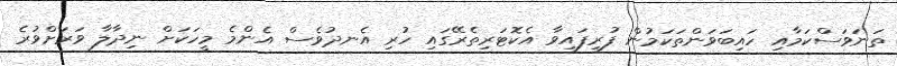
ތަނަވަސްކަމާއި ހައިބަވަންތަކަމުން ފުރިފައިވާ އެކޮޓަރިތެރޭގައި ހުރި އެނދުވެސް އެންމެ މީހަކަށް ނިދާލާ ވަރަށްވުރެ